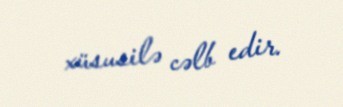
xüsusilə cəlb edir.